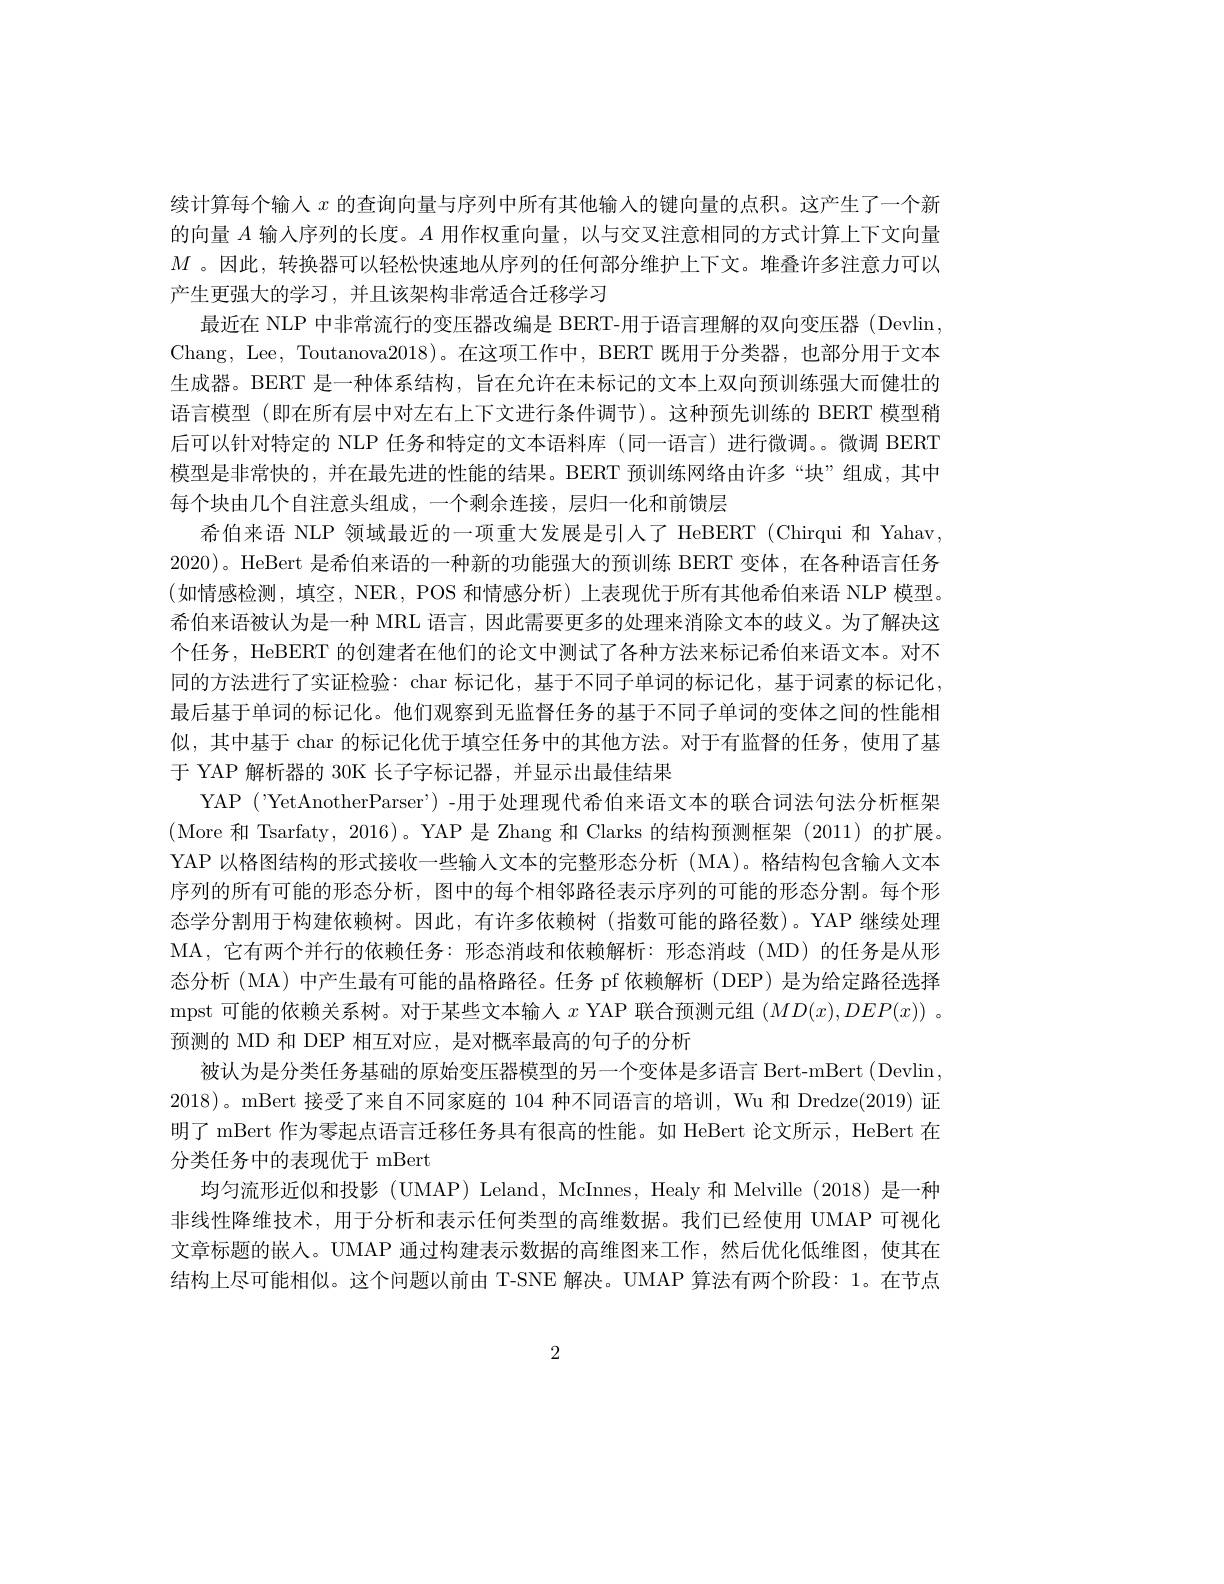
续计算每个输入$x$的查询向量与序列中所有其他输入的键向量的点积。这产生了一个新的向量$A$输入序列的长度。$A$用作权重向量，以与交叉注意相同的方式计算上下文向量$M$ 。因此，转换器可以轻松快速地从序列的任何部分维护上下文。堆叠许多注意力可以产生更强大的学习，并且该架构非常适合迁移学习
最近在 NLP 中非常流行的变压器改编是 BERT-用于语言理解的双向变压器 (Devlin, Chang, Lee, Toutanova2018)。在这项工作中，BERT 既用于分类器，也部分用于文本生成器。BERT 是一种体系结构，旨在允许在未标记的文本上双向预训练强大而健壮的语言模型 (即在所有层中对左右上下文进行条件调节)。这种预先训练的 BERT 模型稍后可以针对特定的 NLP 任务和特定的文本语料库 (同一语言)进行微调。。微调 BERT 模型是非常快的，并在最先进的性能的结果。BERT 预训练网络由许多“块”组成，其中每个块由几个自注意头组成，一个剩余连接，层归一化和前馈层
希伯来语 NLP 领域最近的一项重大发展是引人了 HeBERT (Chirqui 和 Yahav, 2020)。HeBert 是希伯来语的一种新的功能强大的预训练 BERT 变体，在各种语言任务(如情感检测，填空，NER,POS 和情感分析)上表现优于所有其他希伯来语 NLP 模型。希伯来语被认为是一种 MRL 语言，因此需要更多的处理来消除文本的歧义。为了解决这个任务，HeBERT 的创建者在他们的论文中测试了各种方法来标记希伯来语文本。对不同的方法进行了实证检验：char 标记化，基于不同子单词的标记化，基于词素的标记化， 最后基于单词的标记化。他们观察到无监督任务的基于不同子单词的变体之间的性能相似，其中基于 char 的标记化优于填空任务中的其他方法。对于有监督的任务，使用了基于 YAP 解析器的 30K 长子字标记器，并显示出最佳结果
YAP ('YetAnotherParser’) -用于处理现代希伯来语文本的联合词法句法分析框架(More 和 Tsarfaty, 2016)。{YAP}是Zhang 和 Clarks 的结构预测框架(2011)的扩展。YAP 以格图结构的形式接收一些输人文本的完整形态分析 (MA)。格结构包含输入文本序列的所有可能的形态分析，图中的每个相邻路径表示序列的可能的形态分割。每个形态学分割用于构建依赖树。因此，有许多依赖树(指数可能的路径数)。YAP 继续处理MA,它有两个并行的依赖任务：形态消歧和依赖解析：形态消歧(MD)的任务是从形态分析(MA)中产生最有可能的晶格路径。任务 pf 依赖解析 (DEP) 是为给定路径选择mpst 可能的依赖关系树。对于某些文本输入$x$ YAP 联合预测元组$(MD(x),DEP(x))$ 。预测的 MD 和 DEP 相互对应，是对概率最高的句子的分析
被认为是分类任务基础的原始变压器模型的另一个变体是多语言 Bert-mBert (Devlin, 2018)。mBert 接受了来自不同家庭的 104 种不同语言的培训，Wu 和 Dredze(2019) 证明了 mBert 作为零起点语言迁移任务具有很高的性能。如 HeBert 论文所示，HeBert 在分类任务中的表现优于 mBert
均匀流形近似和投影 (UMAP) Leland, McInnes, Healy 和 Melville (2018) 是一种非线性降维技术，用于分析和表示任何类型的高维数据。我们已经使用 UMAP 可视化文章标题的嵌入。UMAP 通过构建表示数据的高维图来工作，然后优化低维图，使其在结构上尽可能相似。这个问题以前由 T-SNE 解决。UMAP 算法有两个阶段：1。在节点

2